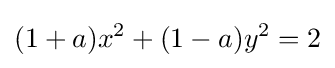
(1+a)x^{2}+(1-a)y^{2}=2